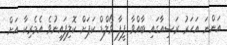
އަންނަ އަހަރު ރަޝިއާގައި ބާއްވާ ފީފާ ވޯލްޑް ކަޕަށް ކޮލިފައިނުވެ އެމެރިކާ އަށް